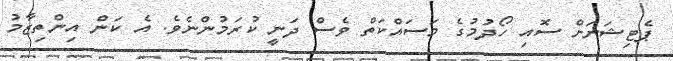
ޕެޓިޝަނަށް ސޮއި ހޯދުމުގެ މަސައްކަތް ވެސް ދަނީ ކުރަމުންނެވެ. އެ ކަން އިންތިޒާމު